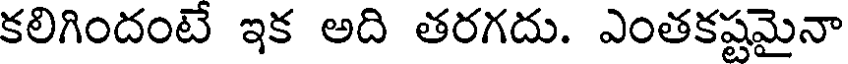
కలిగిందంటే ఇక అది తరగదు. ఎంతకష్టమైనా